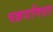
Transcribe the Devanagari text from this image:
चक्रपाणिदत्त